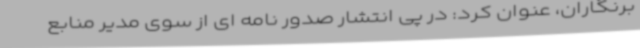
برنگاران، عنوان کرد: در پی انتشار صدور نامه ای از سوی مدیر منابع